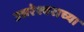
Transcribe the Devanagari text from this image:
उत्तरेश्वराच्या